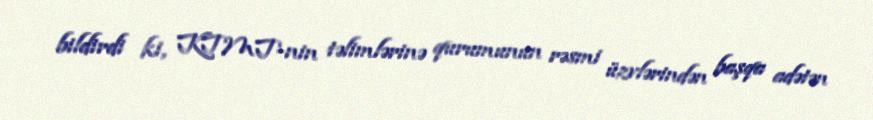
bildirdi ki, KTMT-nin təlimlərinə qurumunun rəsmi üzvlərindən başqa adətən